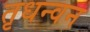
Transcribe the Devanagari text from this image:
तृधन्वन